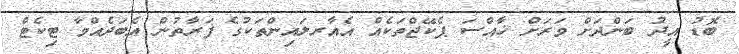
ބޮޑު އީދު ބަންދަށް ވަރަށް ޚާއްސަ ޕެކޭޖްތަކެއް އެއާރލައިންތަކުގެ ފަރާތުން އެބަދެއްވާ ޓިކެޓް